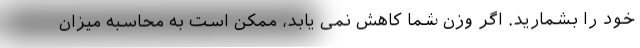
خود را بشمارید. اگر وزن شما کاهش نمی یابد، ممکن است به محاسبه میزان